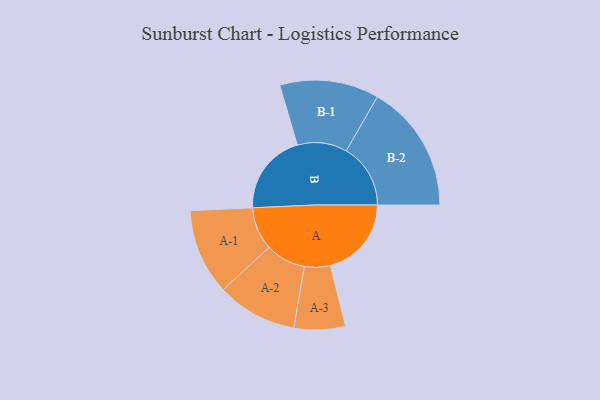
{"axis": {"x": "Segment", "y": "Value"}, "legend": ["", "A", "B"], "data": [{"x": "A", "y": 376, "type": ""}, {"x": "B", "y": 378, "type": ""}, {"x": "A-1", "y": 199, "type": "A"}, {"x": "A-2", "y": 186, "type": "A"}, {"x": "A-3", "y": 119, "type": "A"}, {"x": "B-1", "y": 230, "type": "B"}, {"x": "B-2", "y": 298, "type": "B"}]}